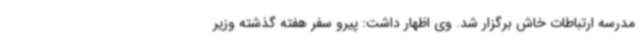
مدرسه ارتباطات خاش برگزار شد. وی اظهار داشت: پیرو سفر هفته گذشته وزیر